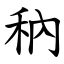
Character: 䄲